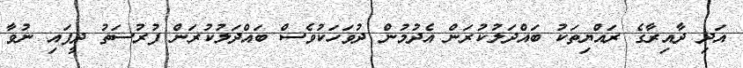
އަދި ދާއިރާގެ ރައްޔިތަކު ބައްދަލުކުރަން އެދުމުން ދުވަހަކުވެސް ބައްދަލުކުރަން ފުރުސަތު ދީފައި ނުވާ